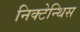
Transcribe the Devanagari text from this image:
निक्टेन्थिस